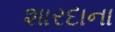
શારદાના